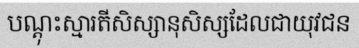
បណ្តុះស្មារតីសិស្សានុសិស្សដែលជាយុវជន